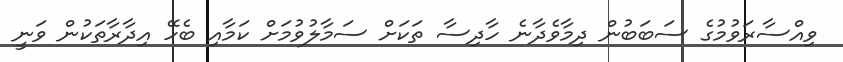
ވިއްސާރަވުމުގެ ސަބަބުން ދިމާވެދާނެ ހާދިސާ ތަކަށް ސަމާލުވުމަށް ކަމާއި ބެހޭ އިދާރާތަކުން ވަނީ